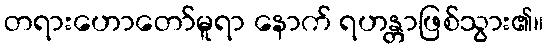
တရားဟောတော်မူရာ နောက် ရဟန္တာဖြစ်သွား၏။